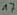
Text: 17